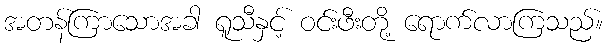
အတန်ကြာသောအခါ ရူသီနှင့် ဝင်းဖီးတို့ ရောက်လာကြသည်။